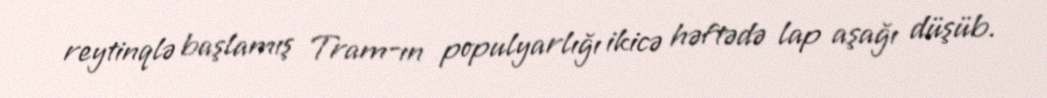
reytinqlə başlamış Tram-ın populyarlığı ikicə həftədə lap aşağı düşüb.